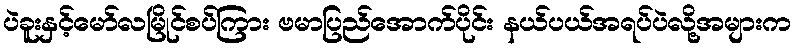
ပဲခူးနှင့်မော်လမြိုင်စပ်ကြား ဗမာပြည်အောက်ပိုင်း နယ်ပယ်အရပ်ပဲလို့အများက